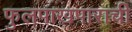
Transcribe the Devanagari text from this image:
फुलपाखपाराची